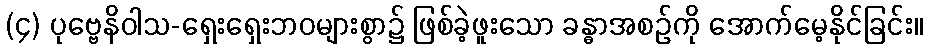
(၄) ပုဗ္ဗေနိဝါသ-ရှေးရှေးဘဝများစွာ၌ ဖြစ်ခဲ့ဖူးသော ခန္ဓာအစဉ်ကို အောက်မေ့နိုင်ခြင်း။